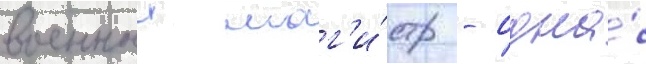
военныи маг'и́стр - одна́